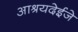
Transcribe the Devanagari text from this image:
आश्रयदेईजे